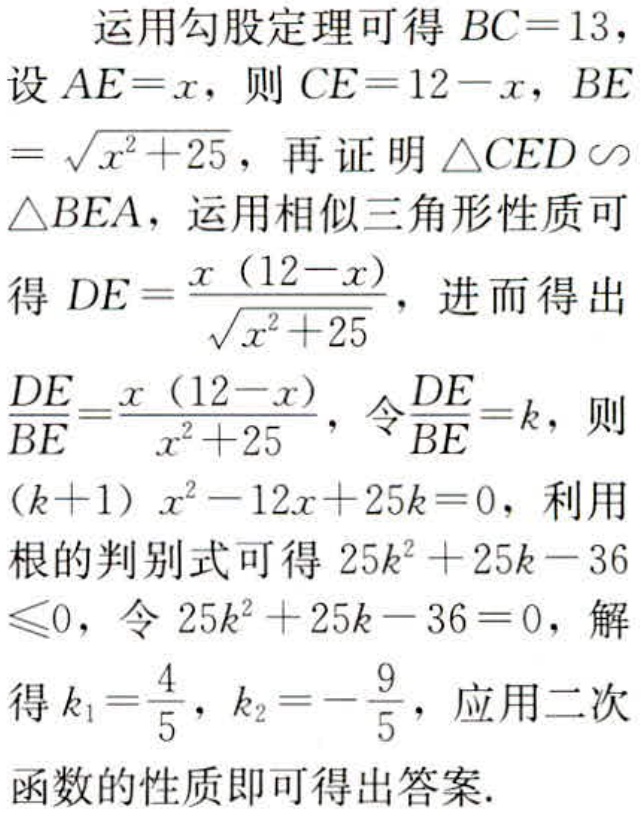
运用勾股定理可得 \(BC = 13\)，

设 \(AE = x\)，则 \(CE = 12 - x\)，\(BE=\sqrt{x^{2}+25}\)，再证明 \(\triangle CED\sim\triangle BEA\)，运用相似三角形性质可得 \(DE=\frac{x(12 - x)}{\sqrt{x^{2}+25}}\)，进而得出 \(\frac{DE}{BE}=\frac{x(12 - x)}{x^{2}+25}\)，令 \(\frac{DE}{BE}=k\)，则 \((k + 1)x^{2}-12x + 25k = 0\)，利用根的判别式可得 \(25k^{2}+25k - 36\leqslant0\)，令 \(25k^{2}+25k - 36 = 0\)，解得 \(k_{1}=\frac{4}{5}\)，\(k_{2}=-\frac{9}{5}\)，应用二次函数的性质即可得出答案.